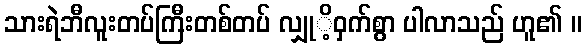
သားရဲဘီလူးတပ်ကြီးတစ်တပ် လျှုိ့ဝှက်စွာ ပါလာသည် ဟူ၏ ။